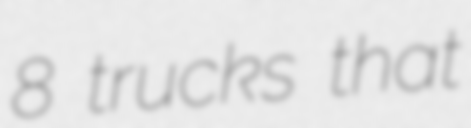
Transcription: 8 trucks that